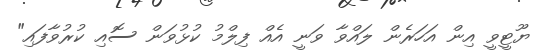
ޔޫޓީވީ އިން އަހަރެން ލައްވާ ވަނީ އެއް ފިލްމު ކުޅުވަން ސޮއި ކުރުވާފައި"